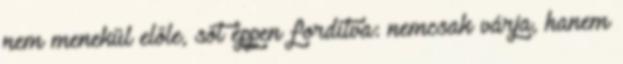
nem menekül előle, sőt éppen fordítva: nemcsak várja, hanem